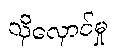
သိုလှောင်မှု